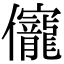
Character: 𠑙